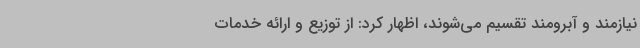
نیازمند و آبرومند تقسیم می‌شوند، اظهار کرد: از توزیع و ارائه خدمات